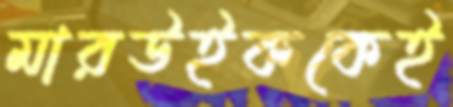
মারউইককেই